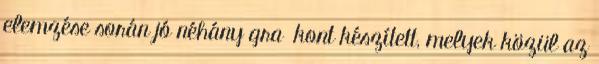
elemzése során jó néhány graﬁkont készített, melyek közül az